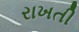
રાખતી